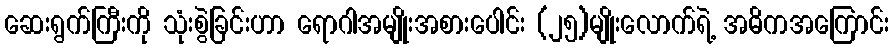
ဆေးရွက်ကြီးကို သုံးစွဲခြင်းဟာ ရောဂါအမျိုးအစားပေါင်း (၂၅)မျိုးလောက်ရဲ့ အဓိကအကြောင်း